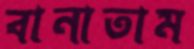
বানাতাম